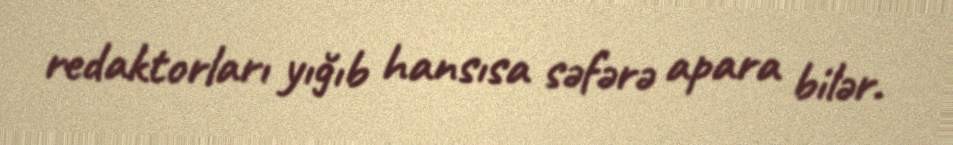
redaktorları yığıb hansısa səfərə apara bilər.